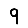
Digit: 9